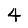
Digit: 4